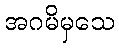
အဂမိမှသေ